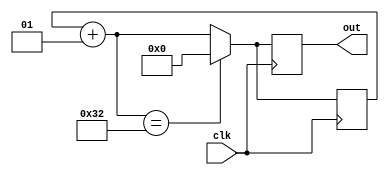
module random_generator(clk, out);

input clk;
output reg [31:0] out;

integer cnt;

initial cnt = 0;

always @ (posedge clk) begin
    cnt = cnt + 1;
    if(cnt == 50) cnt = 0;
    out = cnt;
end
endmodule